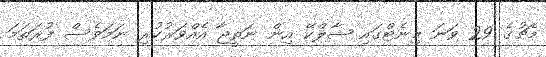
މެޗުގެ 29 ވަނަ މިނެޓްގައި ޝާލްކޭ އިން ނަތީޖާ އެއްވަރުކުރި ނަމަވެސް ފުރަތަމަ